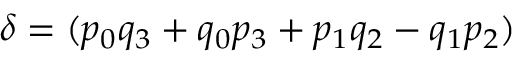
\delta = ( p _ { 0 } q _ { 3 } + q _ { 0 } p _ { 3 } + p _ { 1 } q _ { 2 } - q _ { 1 } p _ { 2 } )